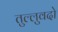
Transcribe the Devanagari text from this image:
तुल्लुवदो